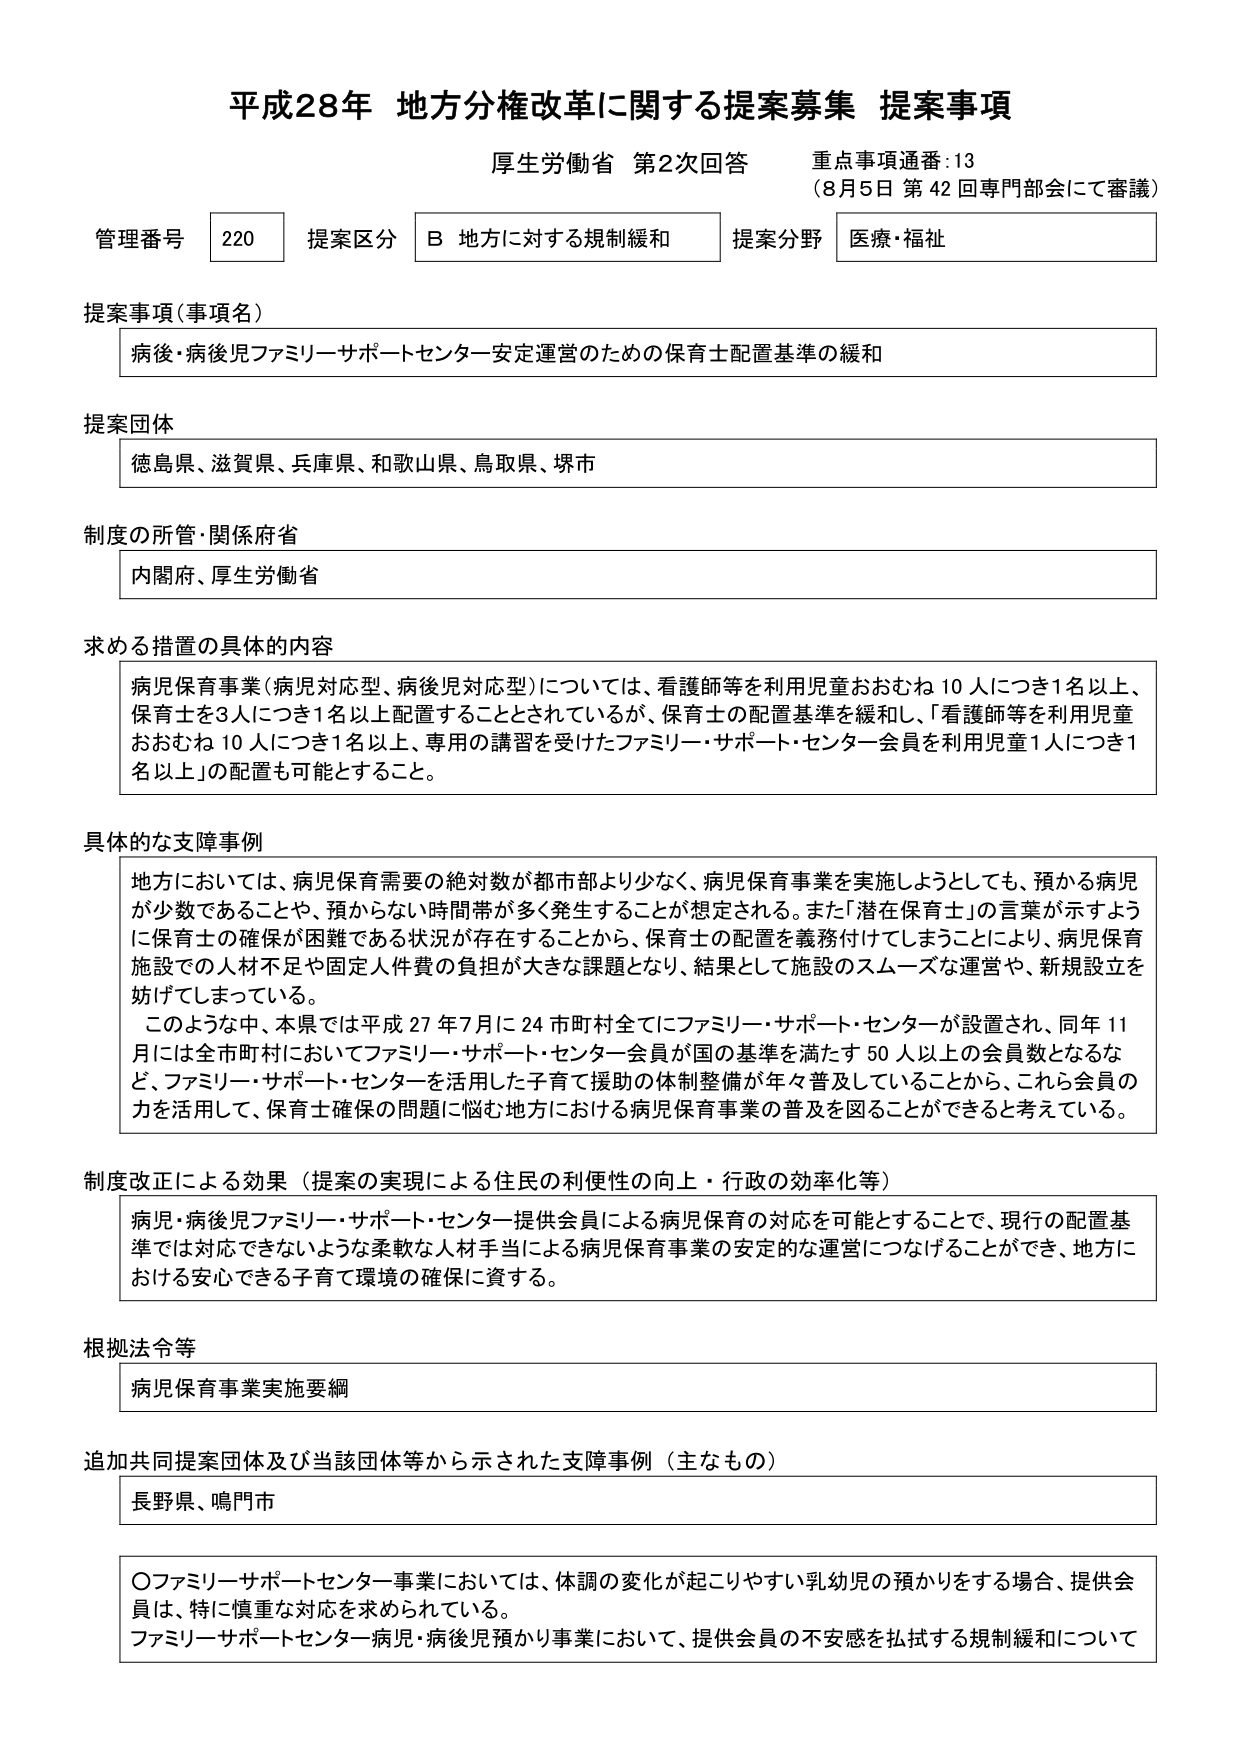
平成28年 地方分権改革に関する提案募集 提案事項
厚生労働省 第2次回答 重点事項通番:13
（8月5日 第42回専門部会にて審議）

管理番号 220 提案区分 B 地方に対する規制緩和 提案分野 医療・福祉

提案事項（事項名）
病後・病後児ファミリーサポートセンター安定運営のための保育士配置基準の緩和

提案団体
徳島県、滋賀県、兵庫県、和歌山県、鳥取県、堺市

制度の所管・関係府省
内閣府、厚生労働省

求める措置の具体的内容
病児保育事業（病児対応型、病後児対応型）については、看護師等を利用児童おおむね10人につき1名以上、保育士を3人につき1名以上配置することとされているが、保育士の配置基準を緩和し、「看護師等を利用児童おおむね10人につき1名以上、専用の講習を受けたファミリー・サポート・センター会員を利用児童1人につき1名以上」の配置も可能とすること。

具体的な支障事例
地方においては、病児保育需要の絶対数が都市部より少なく、病児保育事業を実施しようとしても、預かる病児が少数であることや、預からない時間帯が多く発生することが想定される。また「潜在保育士」の言葉が示すように保育士の確保が困難である状況が存在することから、保育士の配置を義務付けてしまうことにより、病児保育施設での人材不足や固定人件費の負担が大きな課題となり、結果として施設のスムーズな運営や、新規設立を妨げてしまっている。
このような中、本県では平成27年7月に24市町村全てにファミリー・サポート・センターが設置され、同年11月には全市町村においてファミリー・サポート・センター会員が国の基準を満たす50人以上の会員数となるなど、ファミリー・サポート・センターを活用した子育て援助の体制整備が年々普及していることから、これら会員の力を活用して、保育士確保の問題に悩む地方における病児保育事業の普及を図ることができると思っている。

制度改正による効果（提案の実現による住民の利便性の向上・行政の効率化等）
病児・病後児ファミリー・サポート・センター提供会員による病児保育の対応を可能とすることで、現行の配置基準では対応できないような柔軟な人材手当による病児保育事業の安定的な運営につなげることができ、地方における安心できる子育て環境の確保に資する。

根拠法令等
病児保育事業実施要綱

追加共同提案団体及び当該団体等から示された支障事例（主なもの）
長野県、鳴門市

〇ファミリーサポートセンター事業においては、体調の変化が起こりやすい乳幼児の預かりをする場合、提供会員は、特に慎重な対応を求められている。
ファミリーサポートセンター病児・病後児預かり事業において、提供会員の不安感を払拭する規制緩和について